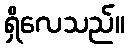
ရှိလေသည်။